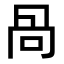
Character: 咼